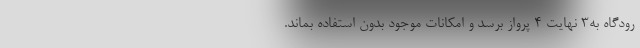
رودگاه به۳ نهایت ۴ پرواز برسد و امکانات موجود بدون استفاده بماند.